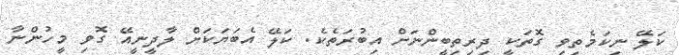
ކަލޭ ނިކަމެތިވި ގަޮތަކީ ދިރިތިބީންނަށް އިބުރަތެކެ. ކަލޭ އެބަޔަކަށް ލާދީނީއޭ ގޮވި މީހުންނާ